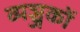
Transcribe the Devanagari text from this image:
व्यञ्जकों